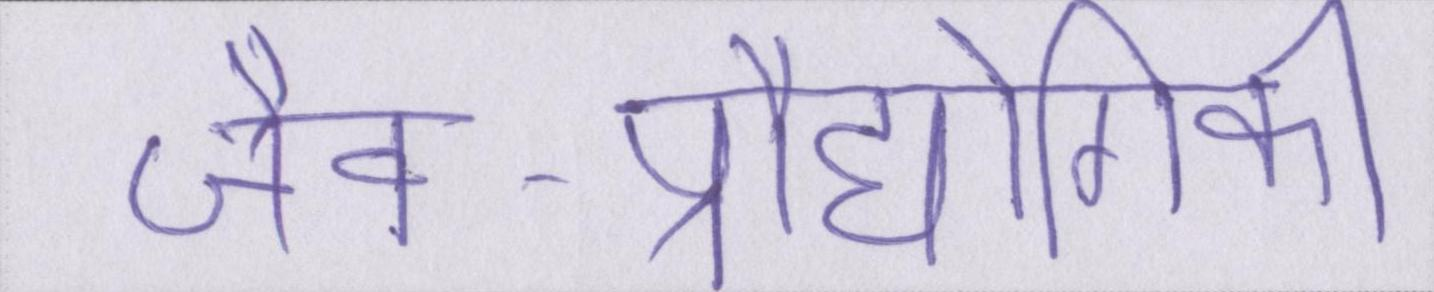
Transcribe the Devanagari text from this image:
जैव-प्रौद्योगिकी